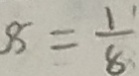
8 = \frac { 1 } { 8 }